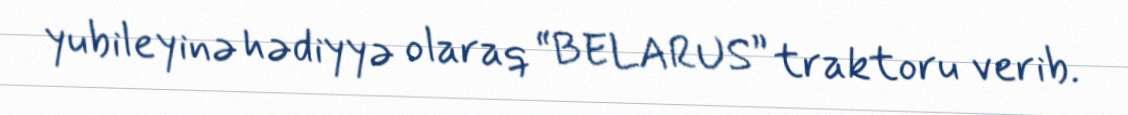
yubileyinə hədiyyə olaraq “BELARUS” traktoru verib.